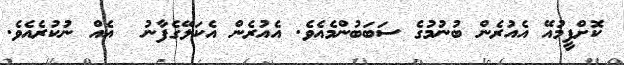
ކޮށްފީމުއޭ އެއުރެން ބުނުމުގެ ސަބަބުންމެއެވެ. އެއުރެން އެކަލޭގެފާނު  އެއް ނުކުރެއެވެ.